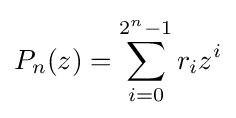
P_{n}(z)=\sum _{i=0}^{2^{n}-1}r_{i}z^{i}